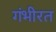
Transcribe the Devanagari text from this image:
गंभीरत